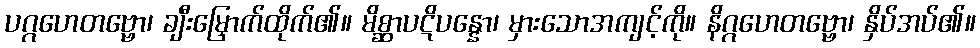
ပဂ္ဂဟေတဗ္ဗော၊ ချီးမြှောက်ထိုက်၏။ မိစ္ဆာပဋိပန္နော၊ မှားသောအကျင့်ကို။ နိဂ္ဂဟေတဗ္ဗော၊ နှိပ်အပ်၏။